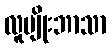
လူမျိုးဘာသာ